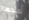
تمنحها